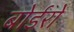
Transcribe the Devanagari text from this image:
बोर्डरों